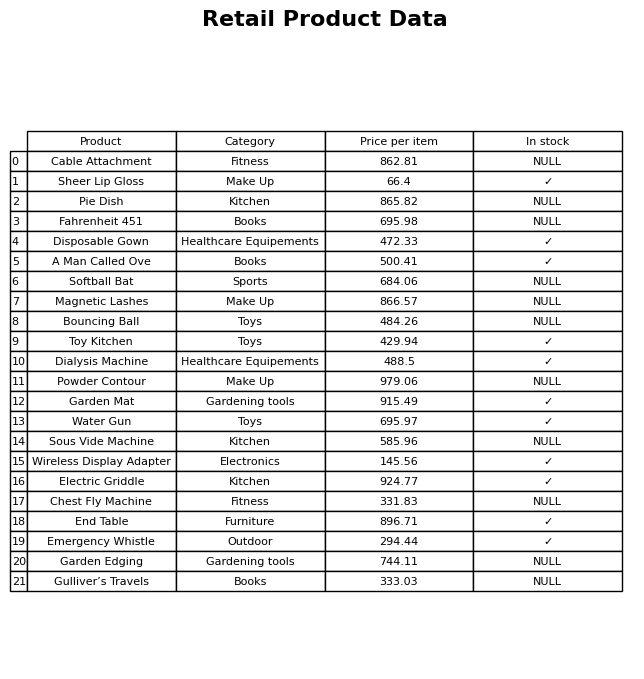
question: What is the price for Magnetic Lashes?
answer: The price of Magnetic Lashes is 866.57.